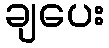
ချပေး